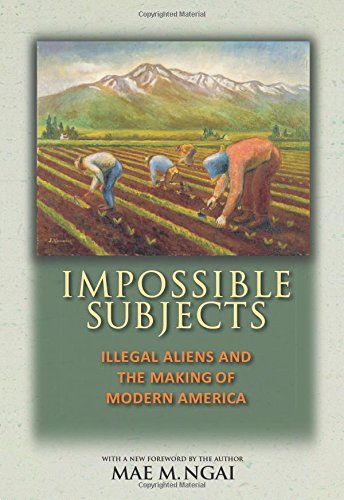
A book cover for Impossible Subjects: Illegal Aliens and the Making of Modern America (Politics and Society in Twentieth-Century America); Mae M. Ngai; History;